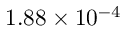
1 . 8 8 \times 1 0 ^ { - 4 }